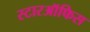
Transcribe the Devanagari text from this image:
स्टारऑफिस